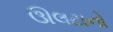
ઊલટાનો